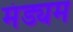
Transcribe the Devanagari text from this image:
मंड्यम